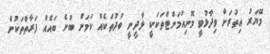
މޭޔަރު އިތުރަށް ވިދާޅުވީ މޮނިއުމަންޓްތަކަކީ ލާދީނީ ބުދުތަކެއް ކަމަށް ބުނެ ބައެއް ފަރާތްތަކުން